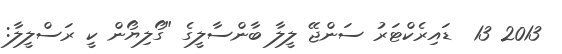
2013 13  ޑައިރެކްޓަރު ސަންޖޭ ލީލާ ބާންސާލީގެ "ގޯލިޔޯން ކީ ރަސްލީލާ: